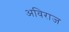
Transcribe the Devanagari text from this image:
अविराज